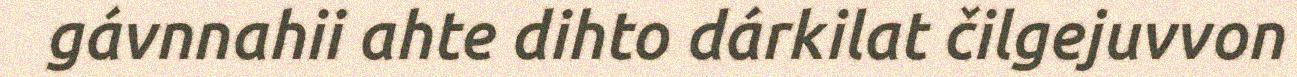
gávnnahii ahte dihto dárkilat čilgejuvvon